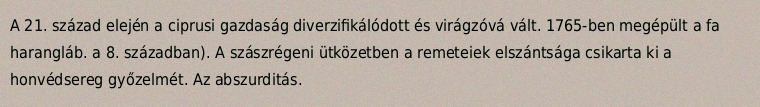
A 21. század elején a ciprusi gazdaság diverzifikálódott és virágzóvá vált. 1765-ben megépült a fa harangláb. a 8. században). A szászrégeni ütközetben a remeteiek elszántsága csikarta ki a honvédsereg győzelmét. Az abszurditás.